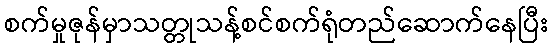
စက်မှုဇုန်မှာသတ္တုသန့်စင်စက်ရုံတည်ဆောက်နေပြီး